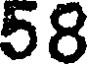
58